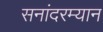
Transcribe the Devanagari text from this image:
सनांदरम्यान